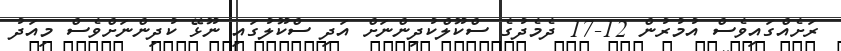
ރަށެއްގައިވެސް އުމުރުން 12-17 ދެމެދުގެ ސްކޫލްކުދިންނަށް އަދި ސްކޫލުގައި ނޫޅޭ ކުދިންނަށްވެސް މިއަދު